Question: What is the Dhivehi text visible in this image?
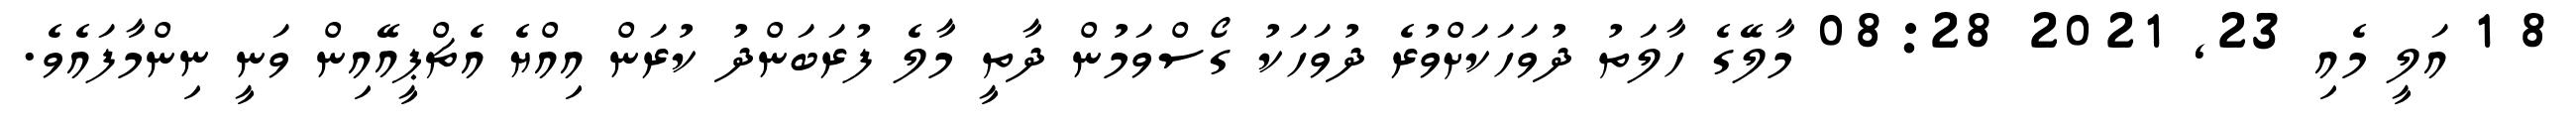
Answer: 8 1 އަލީ މެއި 23, 2021 08:28 މާލޭގެ ހާލަތު ދުވަހަކަށްވުރެ ދުވަހަކު ގޯސްވަމުން ދާތީ މާލެ ފުރަބަންދު ކުރަން އިއްޔެ އެޗްޕީއޭއިން ވަނީ ނިންމާފައެވެ.